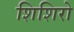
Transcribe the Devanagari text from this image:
शिशिरो